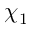
\chi _ { 1 }